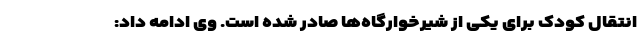
انتقال کودک برای یکی از شیرخوارگاه‌ها صادر شده است. وی ادامه داد: